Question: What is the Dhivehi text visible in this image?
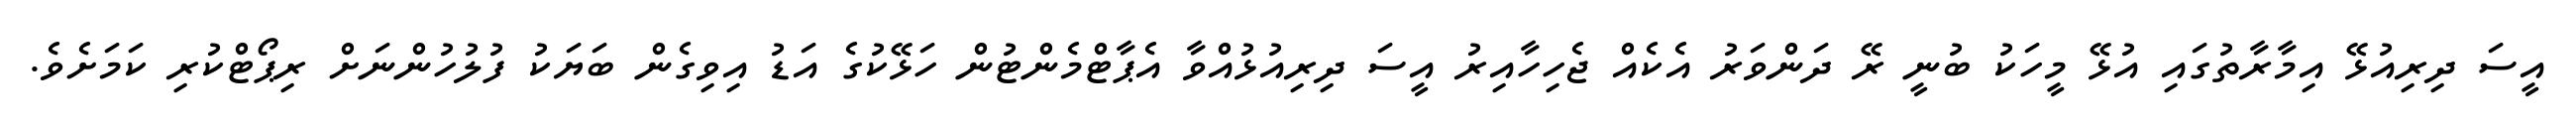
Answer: އީސަ ދިރިއުޅޭ އިމާރާތުގައި އުޅޭ މީހަކު ބުނީ ރޭ ދަންވަރު އެކެއް ޖެހިހާއިރު އީސަ ދިރިއުޅުއްވާ އެޕާޓްމެންޓުން ހަޅޭކުގެ އަޑު އިވިގެން ބަޔަކު ފުލުހުންނަށް ރިޕޯޓްކުރި ކަމަށެވެ.